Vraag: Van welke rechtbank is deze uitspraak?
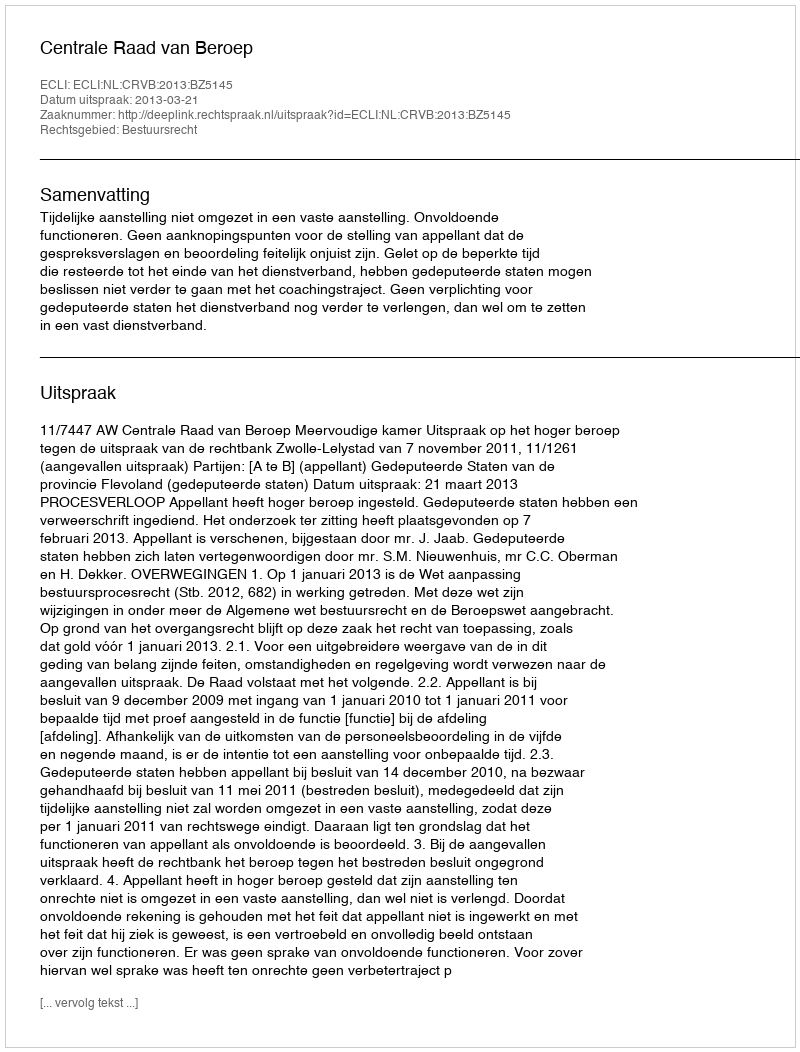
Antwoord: Centrale Raad van Beroep